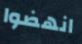
انهضوا